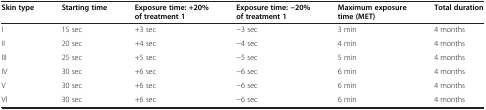
<table><thead><tr><td><b>Skin type</b></td><td><b>Starting time</b></td><td><b>Exposure time: +20% of treatment 1</b></td><td><b>Exposure time: −20% of treatment 1</b></td><td><b>Maximum exposure time (MET)</b></td><td><b>Total duration</b></td></tr></thead><tbody><tr><td>I</td><td>15 sec</td><td>+3 sec</td><td>−3 sec</td><td>3 min</td><td>4 months</td></tr><tr><td>II</td><td>20 sec</td><td>+4 sec</td><td>−4 sec</td><td>4 min</td><td>4 months</td></tr><tr><td>III</td><td>25 sec</td><td>+5 sec</td><td>−5 sec</td><td>5 min</td><td>4 months</td></tr><tr><td>IV</td><td>30 sec</td><td>+6 sec</td><td>−6 sec</td><td>6 min</td><td>4 months</td></tr><tr><td>V</td><td>30 sec</td><td>+6 sec</td><td>−6 sec</td><td>6 min</td><td>4 months</td></tr><tr><td>VI</td><td>30 sec</td><td>+6 sec</td><td>−6 sec</td><td>6 min</td><td>4 months</td></tr></tbody></table>